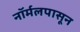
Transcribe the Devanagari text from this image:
नॉर्मलपासून